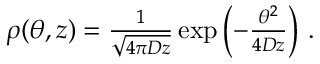
\begin{array} { r } { \rho ( \theta , z ) = { \frac { 1 } { \sqrt { 4 \pi D z } } } \exp \left( - { \frac { \theta ^ { 2 } } { 4 D z } } \right) \, . } \end{array}